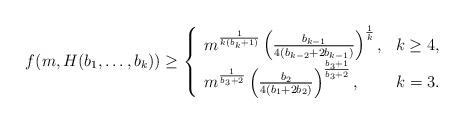
LaTeX: \begin{align*}f(m,H(b_1,\ldots, b_k))\ge\left\{ \begin{array}{lc}m^{\frac 1{k(b_k+1)}}\left(\frac{b_{k-1}}{4(b_{k-2}+2b_{k-1})}\right)^{\frac 1k}, & k\ge 4,\\m^{\frac1{b_3+2}}\left(\frac{b_2}{4(b_1+2b_2)}\right)^{\frac{b_3+1}{b_3+2}}, & k=3.\end{array}\right.\end{align*}